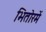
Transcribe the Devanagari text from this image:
भितोरमें